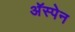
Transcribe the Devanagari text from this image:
अॅस्पेन